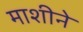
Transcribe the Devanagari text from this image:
माशीने